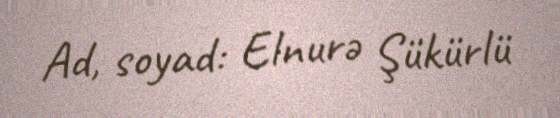
Ad, soyad: Elnurə Şükürlü